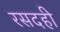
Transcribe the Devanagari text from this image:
रसदही